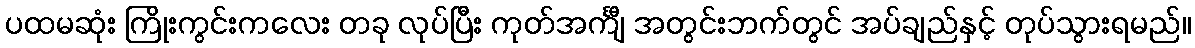
ပထမဆုံး ကြိုးကွင်းကလေး တခု လုပ်ပြီး ကုတ်အင်္ကျီ အတွင်းဘက်တွင် အပ်ချည်နှင့် တုပ်သွားရမည်။